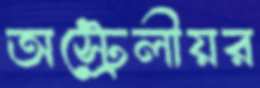
অস্ট্রেলীয়র